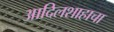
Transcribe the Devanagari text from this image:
आदिलशाहाचा